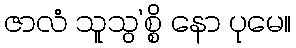
ဇာလံ သူသွ’စ္စိ နော ပုမေ။